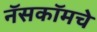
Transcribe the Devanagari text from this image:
नॅसकॉमचे